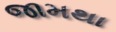
જામથા